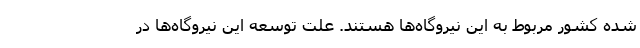
شده کشور مربوط به این نیروگاه‌ها هستند. علت توسعه این نیروگاه‌ها در